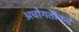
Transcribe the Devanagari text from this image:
अधोगतीकडे